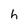
Character: h